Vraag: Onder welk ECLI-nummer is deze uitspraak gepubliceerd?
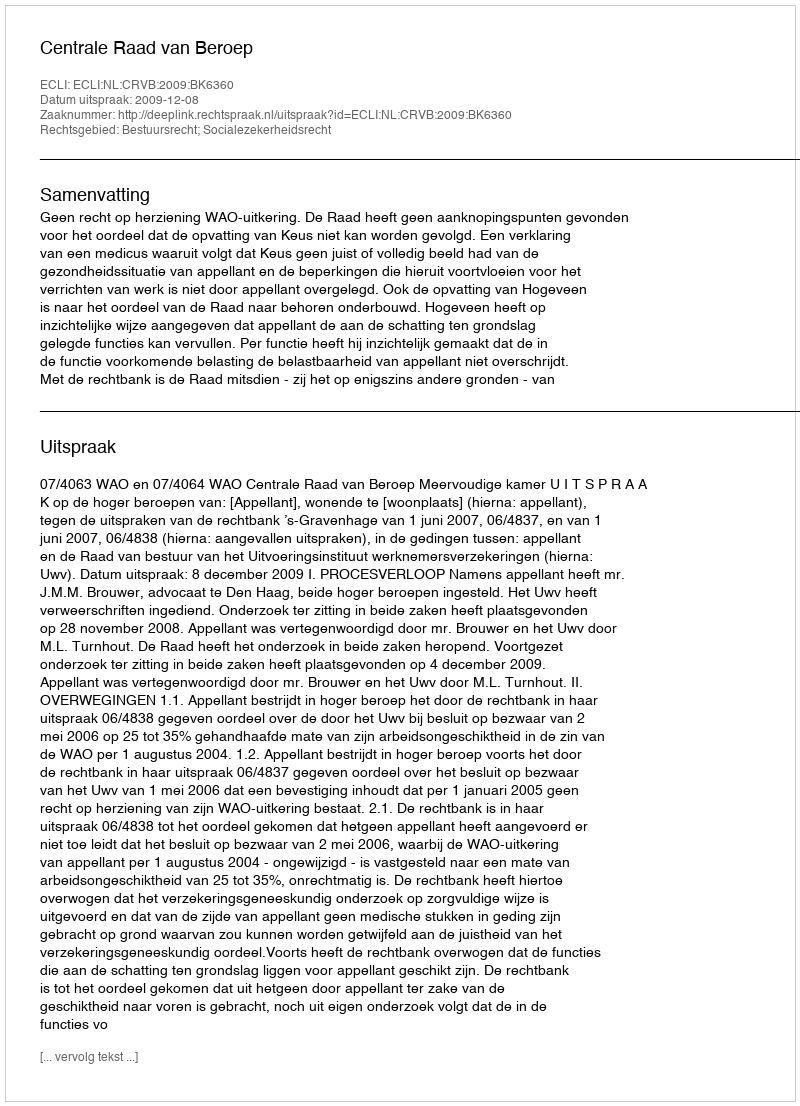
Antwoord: ECLI:NL:CRVB:2009:BK6360